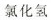
氯化氢